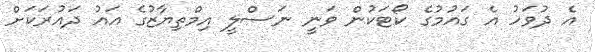
އެ ދުވަހު އެ ގައުމުގެ ކޯޓަކުން ވަނީ ނަސްލީ އިމްތިޔާޒުގެ އައު ދައުރަކަށް